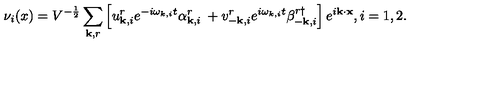
\nu _ { i } ( x ) = V ^ { - \frac { 1 } { 2 } } \sum _ { { \bf k } , r } \left[ u _ { { \bf k } , i } ^ { r } e ^ { - i \omega _ { k , i } t } \alpha _ { { \bf k } , i } ^ { r } \: + v _ { - { \bf k } , i } ^ { r } e ^ { i \omega _ { k , i } t } \beta _ { - { \bf k } , i } ^ { r \dag } \right] e ^ { i { \bf k } \cdot { \bf x } } , i = 1 , 2 .